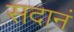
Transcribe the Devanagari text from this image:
सदानं